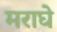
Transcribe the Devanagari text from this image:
मराघे